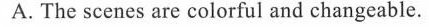
A.The scenes are colorful and changeable.